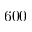
6 0 0